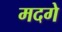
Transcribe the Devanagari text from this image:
मदगे